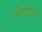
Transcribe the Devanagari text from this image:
स्वीटहोमचे